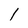
Character: 1